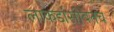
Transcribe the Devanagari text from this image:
लाकडांसोबतच